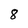
Character: 8